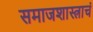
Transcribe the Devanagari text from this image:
समाजशास्त्राचं